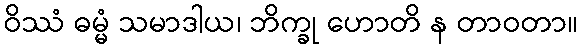
ဝိဿံ ဓမ္မံ သမာဒါယ၊ ဘိက္ခု ဟောတိ န တာဝတာ။